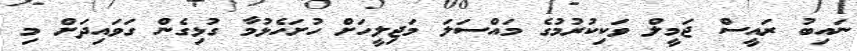
ނައިބު ރައީސް ޖަމީލް ވަކިކުރުމުގެ މައްސަލަ މަޖިލީހަށް ހުށަހެޅުމާ ގުޅިގެން ގަވައިދަށް މި